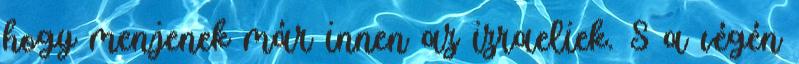
hogy menjenek már innen az izraeliek. S a végén